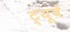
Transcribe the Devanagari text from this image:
ट्यूबें